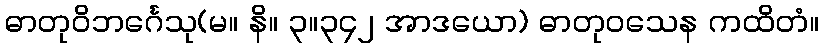
ဓာတုဝိဘင်္ဂေသု(မ။ နိ။ ၃။၃၄၂ အာဒယော) ဓာတုဝသေန ကထိတံ။